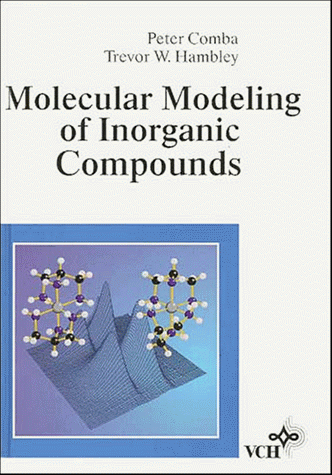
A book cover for Molecular Modeling of Inorganic Compounds; Peter Comba; Science & Math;